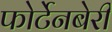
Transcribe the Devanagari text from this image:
फोर्टेनबेरी